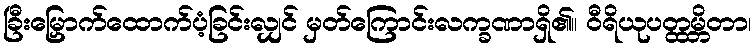
ခြီးမြှောက်ထောက်ပံ့ခြင်းလျှင် မှတ်ကြောင်းလက္ခဏာရှိ၏။ ဝီရိယုပတ္ထမ္ဘိတာ၊